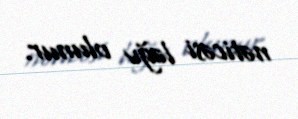
nəticəsi ləğv olunur.